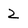
Character: 2